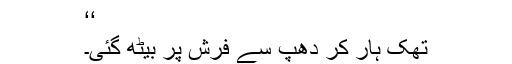
‘‘
تھک ہار کر دھپ سے فرش پر بیٹھ گئی۔